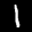
Label: 1